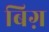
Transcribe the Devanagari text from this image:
बिग़